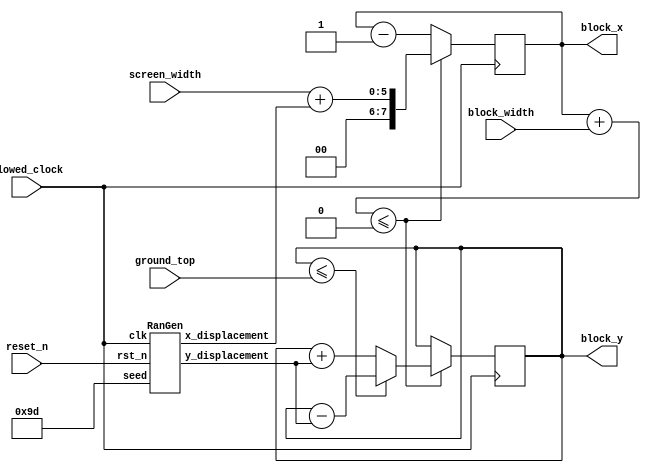
module moveBlock(slowed_clock, reset_n, block_x, block_y, ground_top, block_width, screen_width);

    input slowed_clock, reset_n;
    input block_width;
    input screen_width;
    input ground_top;
    output reg [7:0]  block_x;
    output reg [6:0]  block_y;

    wire [4:0] x_change, y_change;

    RanGen rp0(reset_n, slowed_clock, 8'b1001_1101, x_change, y_change);

    always @(posedge slowed_clock) begin

        
        // move_block to the end at some random position 
        if(block_x + block_width <= 0) begin
            
            block_x <= screen_width + x_change;
            
            //if block was on ground
            if(block_y <= ground_top)
                block_y <= block_y - y_change;   // - => above ground
            //if block was above ground
            else
                block_y <= block_y + y_change;
        end
        else
            block_x <= block_x - 1;

    end   

endmodule


module RanGen(
    input               rst_n,    /*rst_n is necessary to prevet locking up*/
    input               clk,      /*clock signal*/
//    input               load,     /*load seed to rand_num,active high */
    input      [7:0]    seed,     
	 output reg [4:0] x_displacement,
	 output reg [4:0] y_displacement
);

  reg [7:0]    rand_num;  /*random number output*/


  always @(posedge clk or negedge rst_n)begin
    if(!rst_n)
        rand_num    <= seed;
//    else if(load)
//        rand_num <=seed;    /*load the initial value when load is active*/
    else
        begin
            rand_num[0] <= rand_num[7];
            rand_num[1] <= rand_num[0];
            rand_num[2] <= rand_num[1];
            rand_num[3] <= rand_num[2];
            rand_num[4] <= rand_num[3]^rand_num[7];
            rand_num[5] <= rand_num[4]^rand_num[7];
            rand_num[6] <= rand_num[5]^rand_num[7];
            rand_num[7] <= rand_num[6];
        end
            
    end
	 
	 
	 wire above_ground;
	 assign above_ground = rand_num % 2;
	 
	 always @(*) begin
	   x_displacement <= rand_num % 20;
	   if(above_ground == 1'b0)
             y_displacement <= 5'b0;
      else
            //15 pixels displacement
             y_displacement <= 5'd15;
	 end
endmodule